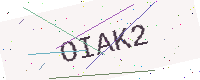
Text: OIAK2